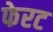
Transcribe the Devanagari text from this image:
फेरट